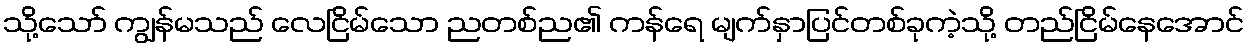
သို့သော် ကျွန်မသည် လေငြိမ်သော ညတစ်ည၏ ကန်ရေ မျက်နှာပြင်တစ်ခုကဲ့သို့ တည်ငြိမ်နေအောင်